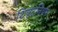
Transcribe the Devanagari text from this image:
शिष्टनियम